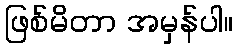
ဖြစ်မိတာ အမှန်ပါ။